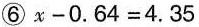
⑥$$x - 0 . 6 4 = 4 . 3 5$$